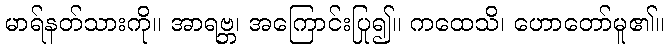
မာရ်နတ်သားကို။ အာရဗ္ဘ၊ အကြောင်းပြု၍။ ကထေသိ၊ ဟောတော်မူ၏။